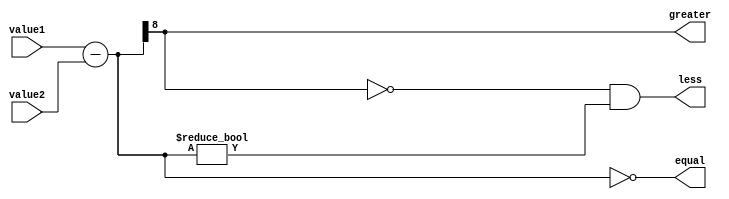
module Comparator (
    input [7:0] value1,
    input [7:0] value2,
    output reg greater,
    output reg less,
    output reg equal
);

reg [8:0] diff;

always @* begin
    diff = value1 - value2;
    greater = (diff[8] == 1);
    less = (diff[8] == 0 && diff != 0);
    equal = (diff == 0);
end

endmodule